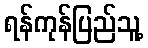
ရန်ကုန်ပြည်သူ့